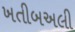
ખતીબઅલી